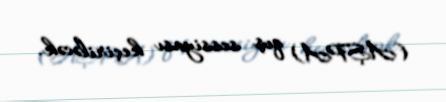
(AŞPA) qış sessiyası keçiriləcək.